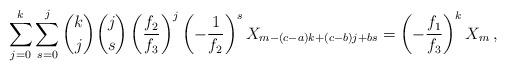
LaTeX: \begin{align*}\sum_{j = 0}^k {\sum_{s = 0}^j {\binom kj\binom js\left( {\frac{{f_2 }}{{f_3 }}} \right)^j\left( {-\frac{{1 }}{{f_2 }}} \right)^s X_{m - (c-a)k + (c - b)j + bs } } } = \left(-\frac {f_1}{f_3}\right)^kX_m\,,\end{align*}